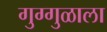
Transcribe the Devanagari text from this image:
गुग्गुळाला